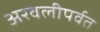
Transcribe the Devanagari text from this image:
अरवलीपर्वत